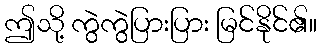
ဤသို့ ကွဲကွဲပြားပြား မြင်နိုင်၏။